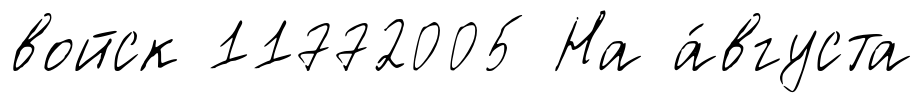
войск 11772005 На а́вгуста